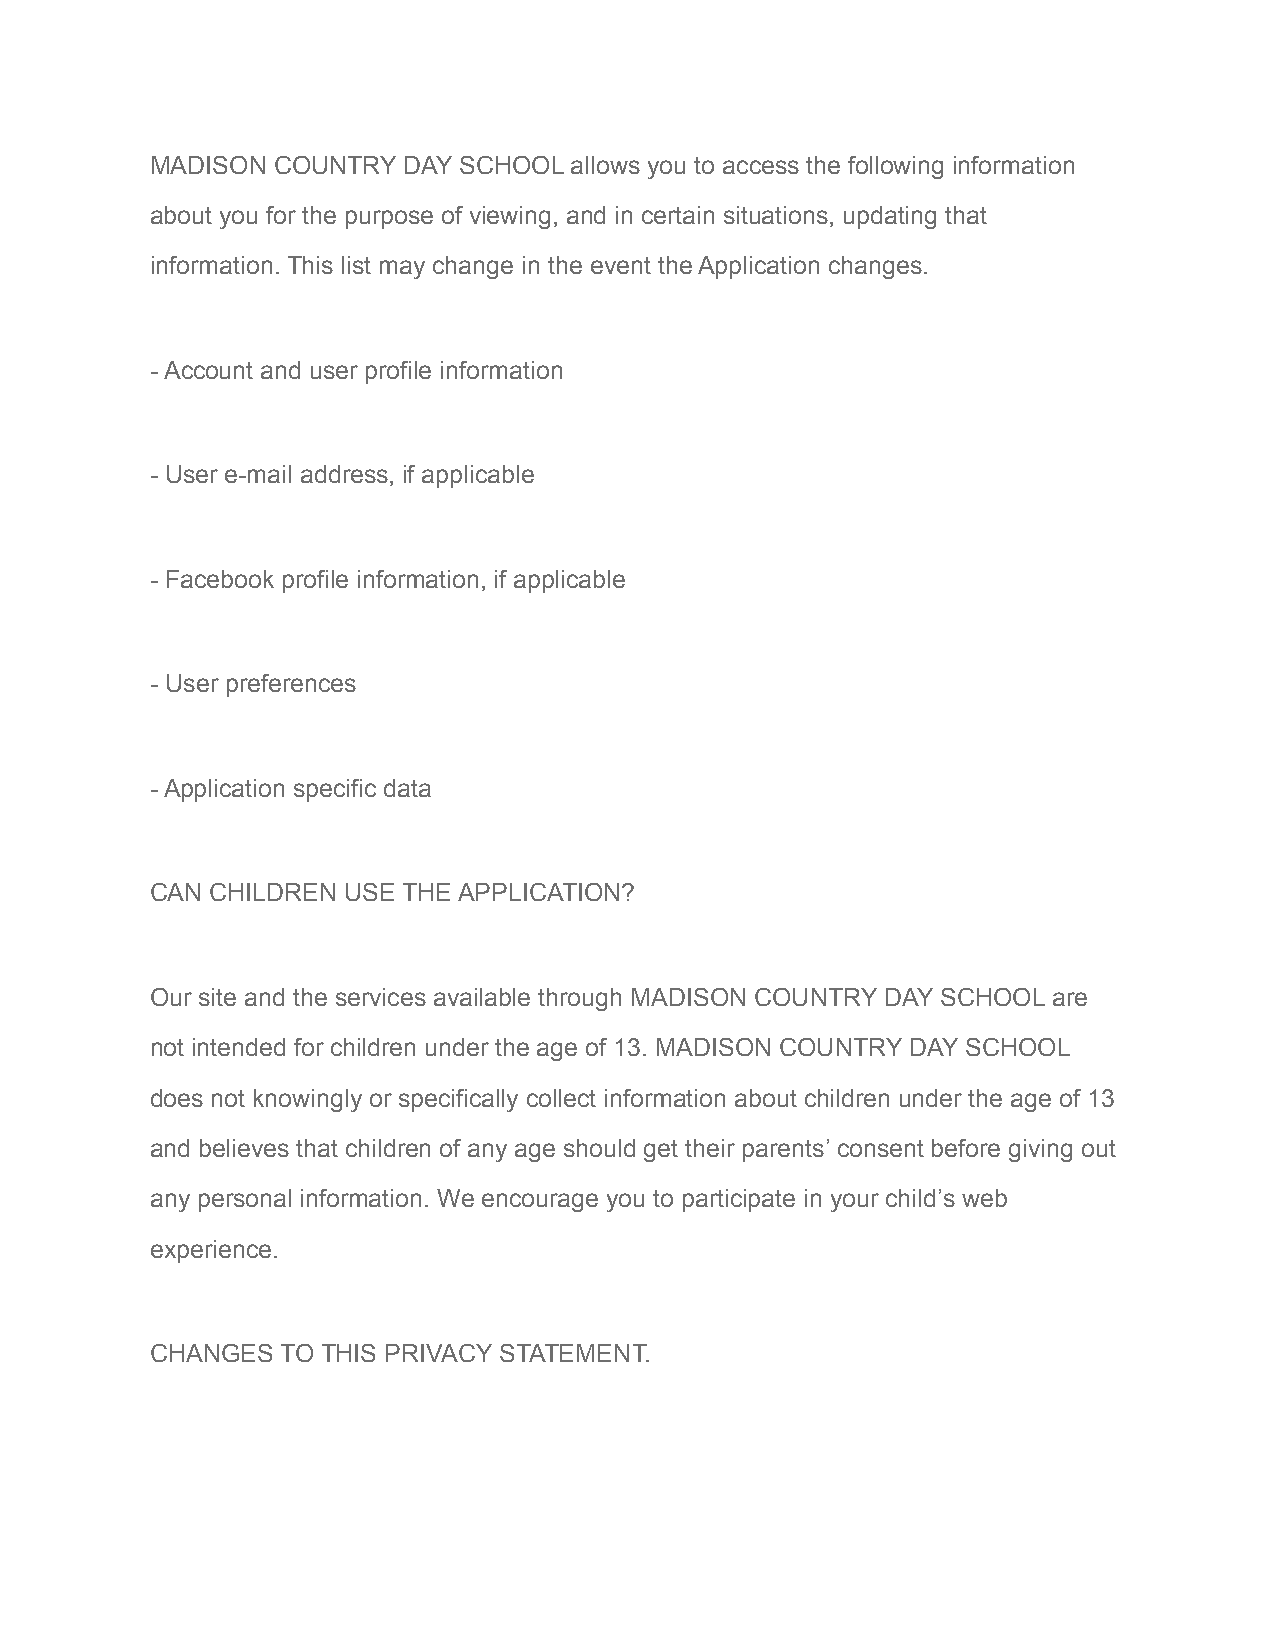
MADISON COUNTRY  DAY SCHOOL allows you to access the following information
 about you for the purpose of viewing, and in certain situations, updating that
 information. This list may change in the event the Application changes.
 - Account and user profile information
 - User e-mail address, if applicable
 - Facebook profile information, if applicable
 - User preferences
 - Application specific data
 CAN CHILDREN USE THE APPLICATION?
 Our site and the services available through MADISON COUNTRY DAY SCHOOL are
 not intended for children under the age of 13. MADISON COUNTRY DAY SCHOOL
 does not knowingly or specifically collect information about children under the age of 13
 and believes that children of any age should get their parents’ consent before giving out
 any personal information. We encourage you to participate in your child’s web
 experience.
 CHANGES  TO THIS PRIVACY STATEMENT.